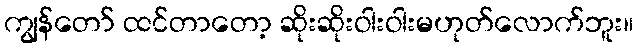
ကျွန်တော် ထင်တာတော့ ဆိုးဆိုးဝါးဝါးမဟုတ်လောက်ဘူး။